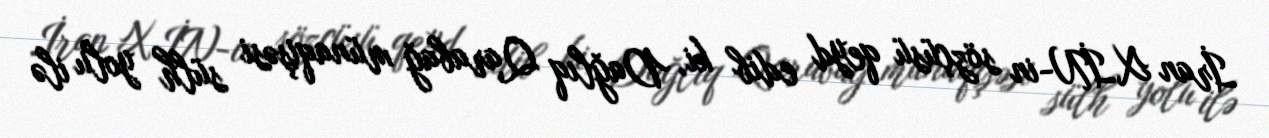
İran XİN-in sözçüsü qeyd edib ki, Dağlıq Qarabağ münaqişəsi sülh yolu ilə